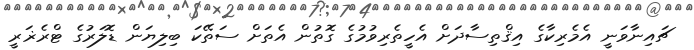
ޗައިނާވަނީ އެމެރިކާގެ އިޤްތިސާދަށް އެހީތެރިވުމުގެ ގޮތުން އެތަށް ސަތޭކަ ބިލިޔަން ޑޮލަރުގެ ޓްރެޜަރީ